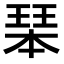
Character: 𤧆